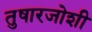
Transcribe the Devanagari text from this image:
तुषारजोशी